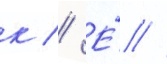
к // Е́ //